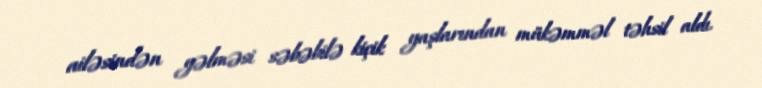
ailəsindən gəlməsi səbəbilə kiçik yaşlarından mükəmməl təhsil aldı.